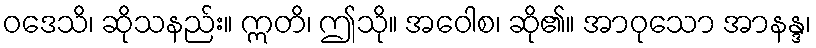
ဝဒေသိ၊ ဆိုသနည်း။ ဣတိ၊ ဤသို။ အဝေါစ၊ ဆို၏။ အာဝုသော အာနန္ဒ၊